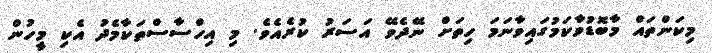
މިކަންތައް މާބޮޑުވާކަމުގައިވާނަމަ ހިތަށް ނޭދެވޭ އަސަރު ކުރެއެވެ. މި އިހްސާސްތަކާމެދު އެކި މީހުން